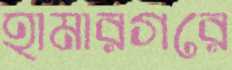
হামারগরে